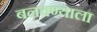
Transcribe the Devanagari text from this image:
बनवण्याला